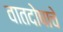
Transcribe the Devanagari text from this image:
वातदोषाचे